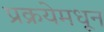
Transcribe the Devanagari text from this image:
प्रक्रयेमधून